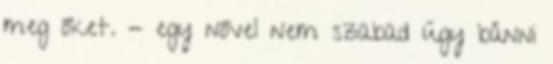
meg őket. - egy nővel nem szabad úgy bánni